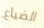
الضياع